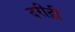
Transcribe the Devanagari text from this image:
दरीद्री